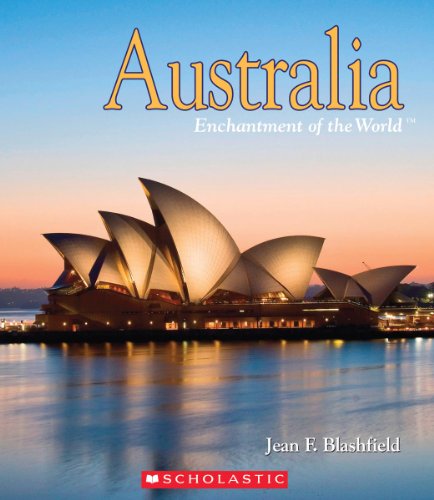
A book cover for Australia (Enchantment of the World. Second Series); Jean F. Blashfield; Children's Books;